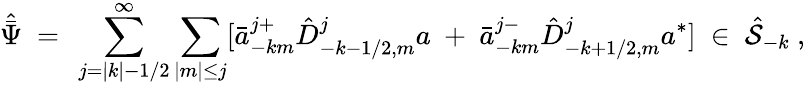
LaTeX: {\hat{\bar{\Psi}}}\ =\ \sum_{j=|k|-1/2}^{\infty}\sum_{|m|\le j}[{\bar{a}}_{-km}^{j+}{\hat{D}}_{-k-1/2,m}^{j}a\ +\ {\bar{a}}_{-km}^{j-}{\hat{D}}_{-k+1/2,m}^{j}a^{*}]\ \in\ {\hat{\cal S}}_{-k}\ ,